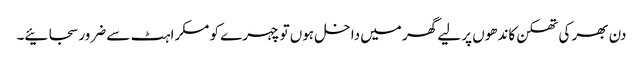
دن بھر کی تھکن کاندھوں پر لیے گھر میں داخل ہوں تو چہرے کو مسکراہٹ سے ضرور سجائیے۔